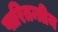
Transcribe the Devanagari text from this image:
पारितन्त्रीय